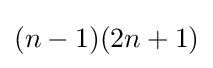
(n-1)(2n+1)